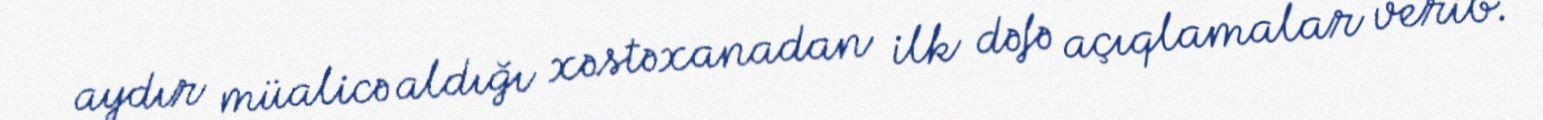
aydır müalicə aldığı xəstəxanadan ilk dəfə açıqlamalar verib.